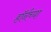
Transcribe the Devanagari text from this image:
हाॅर्नच्या